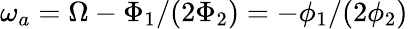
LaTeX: \omega_{a}=\Omega-\Phi_{1}/(2\Phi_{2})=-\phi_{1}/(2\phi_{2})